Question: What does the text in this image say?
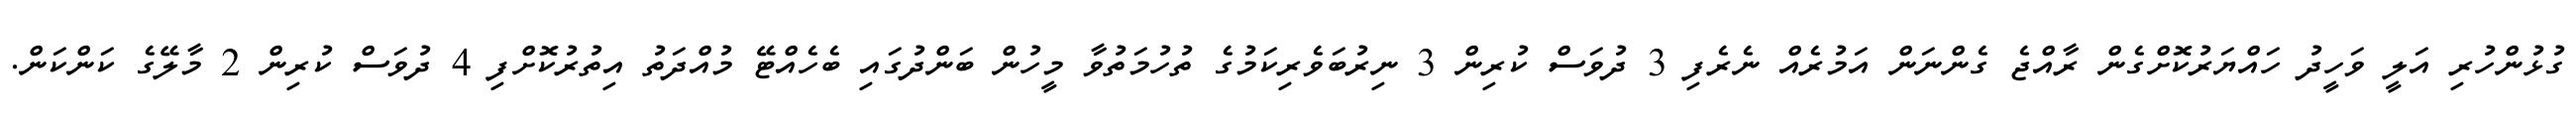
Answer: ގުޅުންހުރި އަލީ ވަހީދު ހައްޔަރުކޮށްގެން ރާއްޖެ ގެންނަން އަމުރެއް ނެރެފި 3 ދުވަސް ކުރިން 3 ނިރުބަވެރިކަމުގެ ތުހުމަތުވާ މީހުން ބަންދުގައި ބެހެއްޓޭ މުއްދަތު އިތުރުކޮށްފި 4 ދުވަސް ކުރިން 2 މާލޭގެ ކަންކަން.